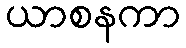
ယာစနကာ